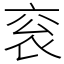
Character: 衮